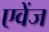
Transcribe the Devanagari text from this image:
एवेंज